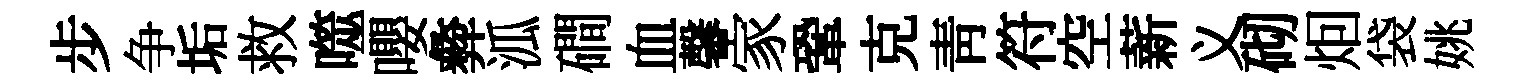
步争垢救噬嚶彜泒磵血馨家鞏克青符空薪义砌𤇆袋姚